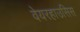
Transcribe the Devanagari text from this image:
वेयरहाउसिस